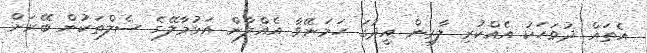
އެތައް ދުވަހަކު އެއްކުރި ލާރިން އީދުގަ ހަމަނޭވާ އެއްލާން އަޅުމާލޭގެ ސެލްތަކުން ބޭރަށް